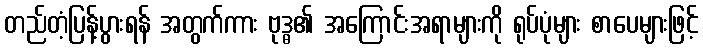
တည်တံ့ပြန့်ပွားရန် အတွက်ကား ဗုဒ္ဓ၏ အကြောင်းအရာများကို ရုပ်ပုံများ စာပေများဖြင့်